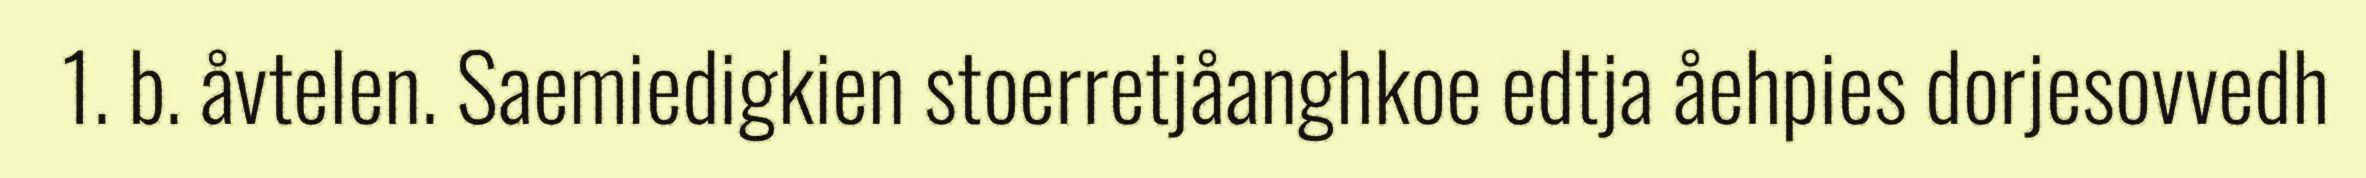
1. b. åvtelen. Saemiedigkien stoerretjåanghkoe edtja åehpies dorjesovvedh